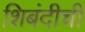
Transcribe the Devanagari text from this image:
शिबंदीची